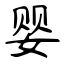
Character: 婴